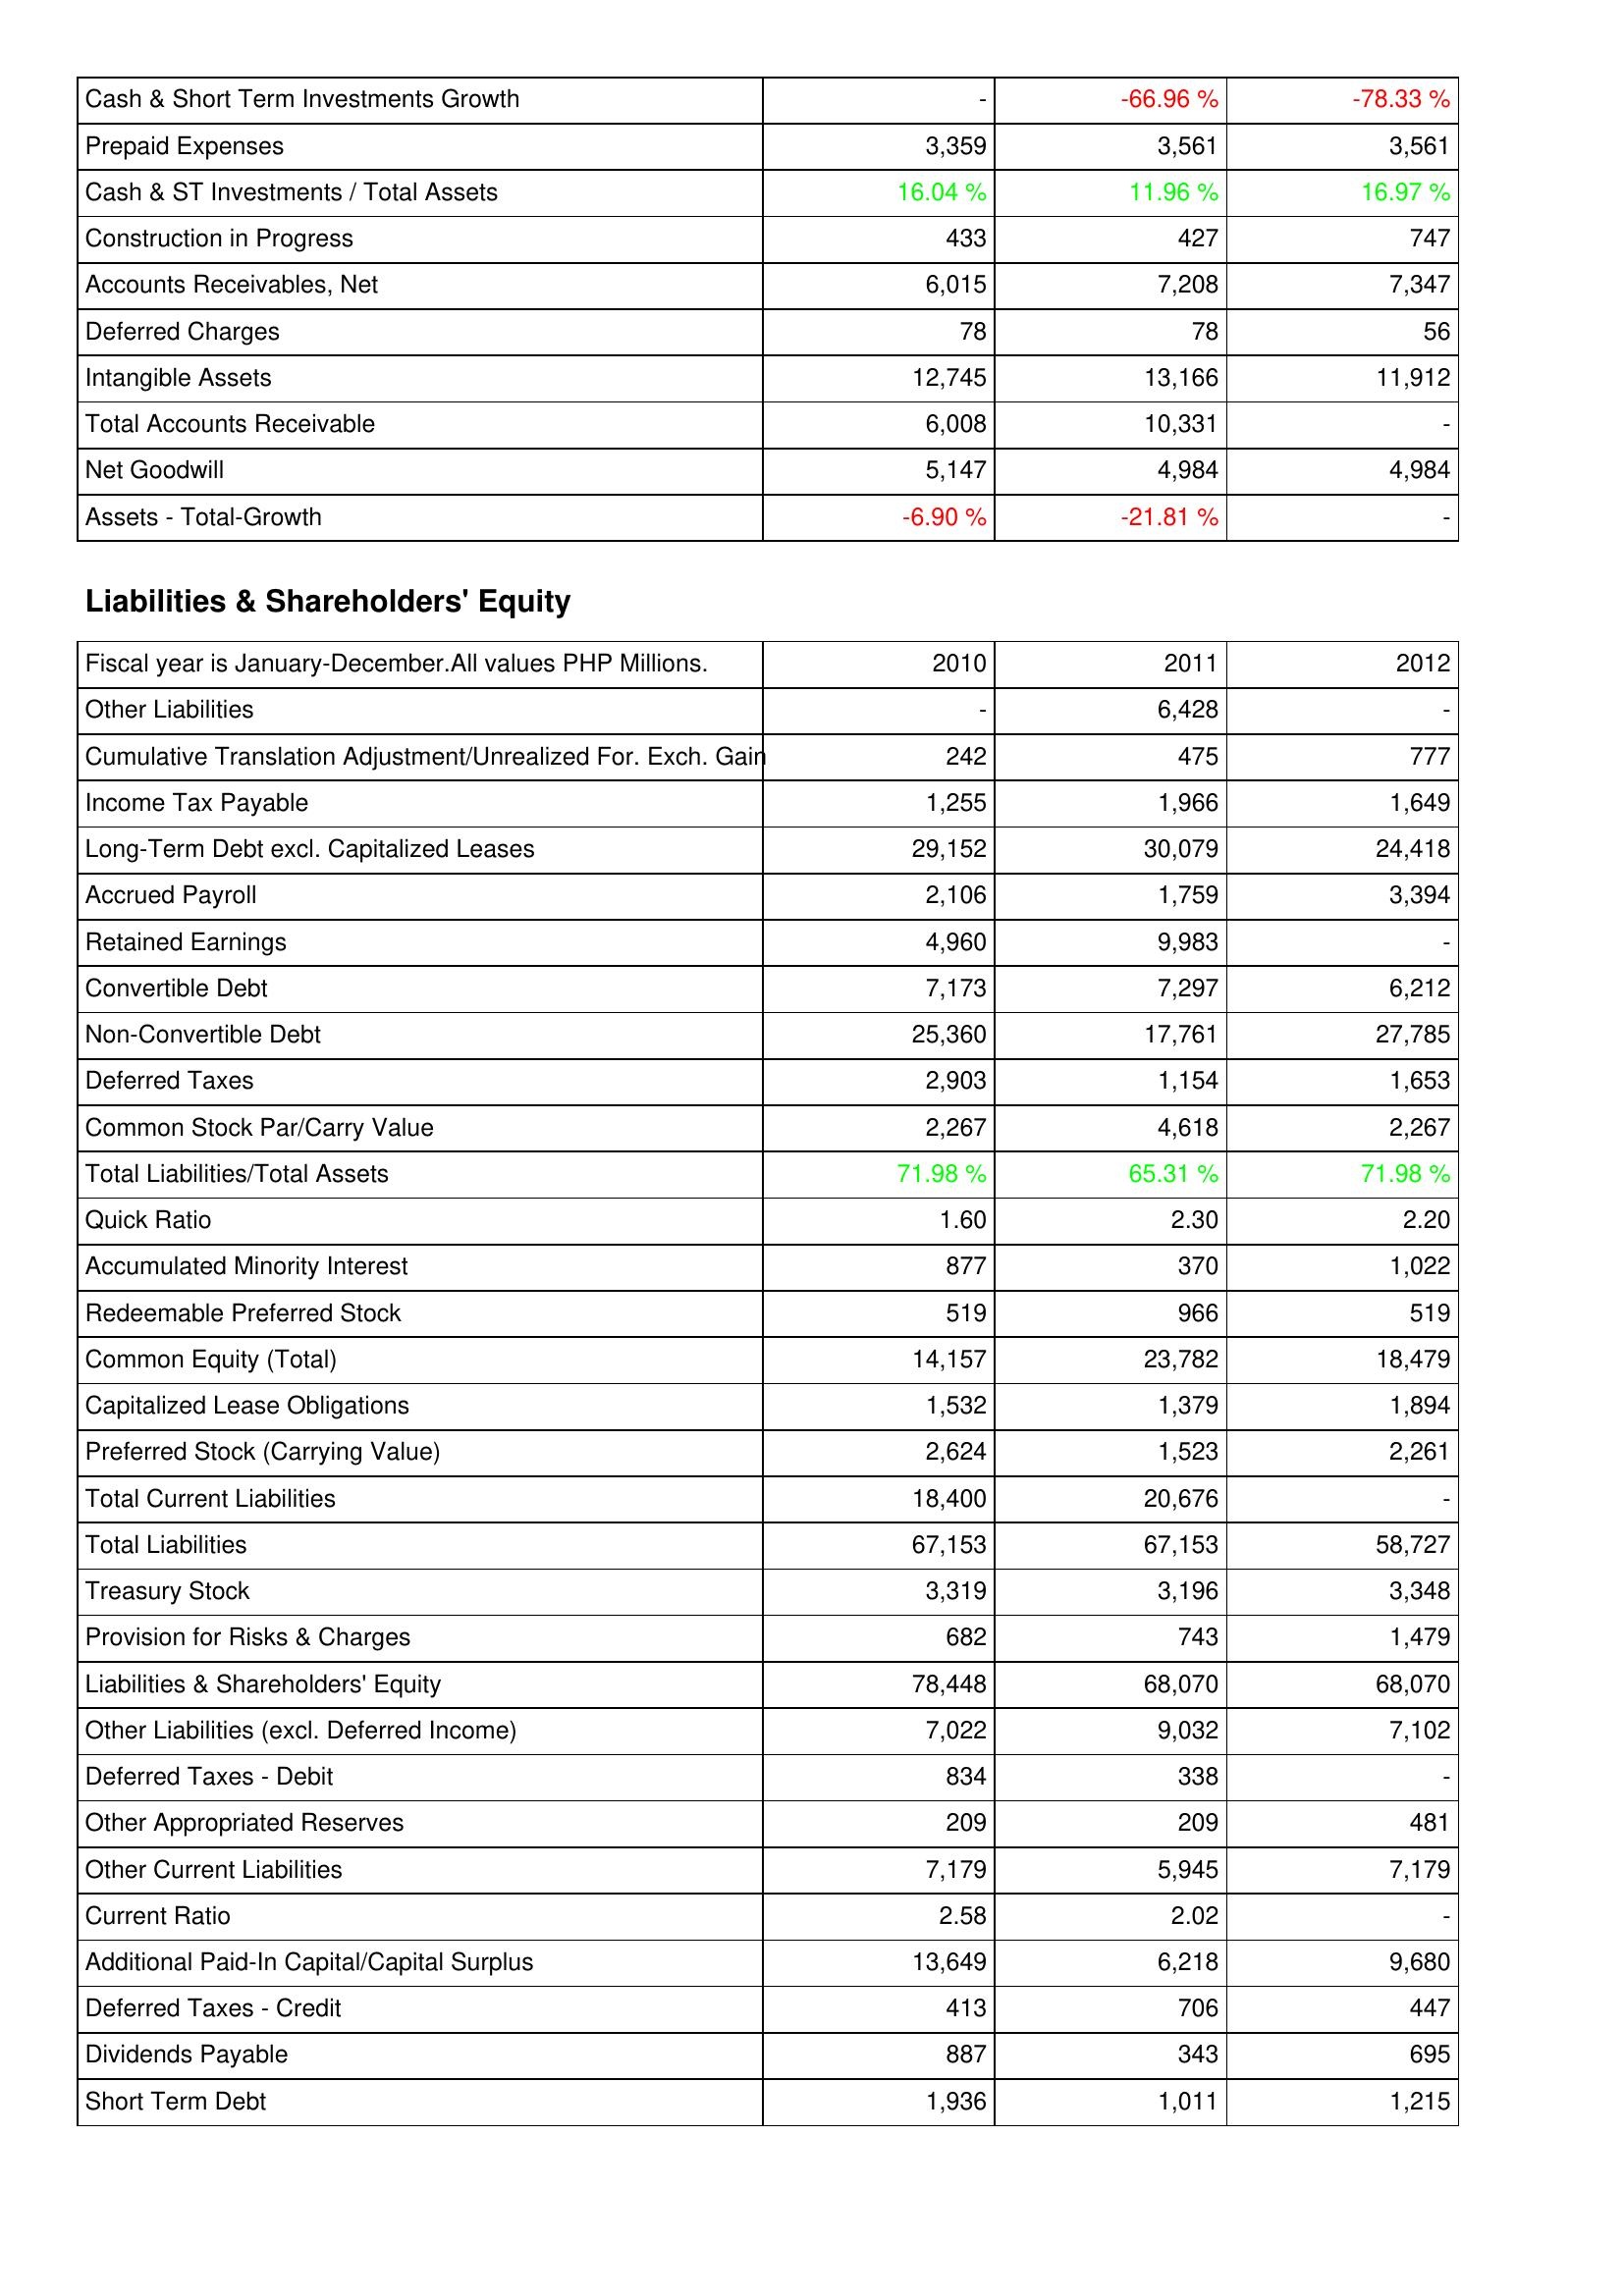
2010: Assets: Cash & Short Term Investments Growth: -
Prepaid Expenses: 3,359
Cash & ST Investments / Total Assets: 16.04 %
Construction in Progress: 433
Accounts Receivables, Net: 6,015
Deferred Charges: 78
Intangible Assets: 12,745
Total Accounts Receivable: 6,008
Net Goodwill: 5,147
Assets - Total-Growth: -6.90 %
Liabilities & Shareholders' Equity: Other Liabilities: -
Cumulative Translation Adjustment/Unrealized For. Exch. Gain: 242
Income Tax Payable: 1,255
Long-Term Debt excl. Capitalized Leases: 29,152
Accrued Payroll: 2,106
Retained Earnings: 4,960
Convertible Debt: 7,173
Non-Convertible Debt: 25,360
Deferred Taxes: 2,903
Common Stock Par/Carry Value: 2,267
Total Liabilities/Total Assets: 71.98 %
Quick Ratio: 1.60
Accumulated Minority Interest: 877
Redeemable Preferred Stock: 519
Common Equity (Total): 14,157
Capitalized Lease Obligations: 1,532
Preferred Stock (Carrying Value): 2,624
Total Current Liabilities: 18,400
Total Liabilities: 67,153
Treasury Stock: 3,319
Provision for Risks & Charges: 682
Liabilities & Shareholders' Equity: 78,448
Other Liabilities (excl. Deferred Income): 7,022
Deferred Taxes - Debit: 834
Other Appropriated Reserves: 209
Other Current Liabilities: 7,179
Current Ratio: 2.58
Additional Paid-In Capital/Capital Surplus: 13,649
Deferred Taxes - Credit: 413
Dividends Payable: 887
Short Term Debt: 1,936
2011: Assets: Cash & Short Term Investments Growth: -66.96 %
Prepaid Expenses: 3,561
Cash & ST Investments / Total Assets: 11.96 %
Construction in Progress: 427
Accounts Receivables, Net: 7,208
Deferred Charges: 78
Intangible Assets: 13,166
Total Accounts Receivable: 10,331
Net Goodwill: 4,984
Assets - Total-Growth: -21.81 %
Liabilities & Shareholders' Equity: Other Liabilities: 6,428
Cumulative Translation Adjustment/Unrealized For. Exch. Gain: 475
Income Tax Payable: 1,966
Long-Term Debt excl. Capitalized Leases: 30,079
Accrued Payroll: 1,759
Retained Earnings: 9,983
Convertible Debt: 7,297
Non-Convertible Debt: 17,761
Deferred Taxes: 1,154
Common Stock Par/Carry Value: 4,618
Total Liabilities/Total Assets: 65.31 %
Quick Ratio: 2.30
Accumulated Minority Interest: 370
Redeemable Preferred Stock: 966
Common Equity (Total): 23,782
Capitalized Lease Obligations: 1,379
Preferred Stock (Carrying Value): 1,523
Total Current Liabilities: 20,676
Total Liabilities: 67,153
Treasury Stock: 3,196
Provision for Risks & Charges: 743
Liabilities & Shareholders' Equity: 68,070
Other Liabilities (excl. Deferred Income): 9,032
Deferred Taxes - Debit: 338
Other Appropriated Reserves: 209
Other Current Liabilities: 5,945
Current Ratio: 2.02
Additional Paid-In Capital/Capital Surplus: 6,218
Deferred Taxes - Credit: 706
Dividends Payable: 343
Short Term Debt: 1,011
2012: Assets: Cash & Short Term Investments Growth: -78.33 %
Prepaid Expenses: 3,561
Cash & ST Investments / Total Assets: 16.97 %
Construction in Progress: 747
Accounts Receivables, Net: 7,347
Deferred Charges: 56
Intangible Assets: 11,912
Total Accounts Receivable: -
Net Goodwill: 4,984
Assets - Total-Growth: -
Liabilities & Shareholders' Equity: Other Liabilities: -
Cumulative Translation Adjustment/Unrealized For. Exch. Gain: 777
Income Tax Payable: 1,649
Long-Term Debt excl. Capitalized Leases: 24,418
Accrued Payroll: 3,394
Retained Earnings: -
Convertible Debt: 6,212
Non-Convertible Debt: 27,785
Deferred Taxes: 1,653
Common Stock Par/Carry Value: 2,267
Total Liabilities/Total Assets: 71.98 %
Quick Ratio: 2.20
Accumulated Minority Interest: 1,022
Redeemable Preferred Stock: 519
Common Equity (Total): 18,479
Capitalized Lease Obligations: 1,894
Preferred Stock (Carrying Value): 2,261
Total Current Liabilities: -
Total Liabilities: 58,727
Treasury Stock: 3,348
Provision for Risks & Charges: 1,479
Liabilities & Shareholders' Equity: 68,070
Other Liabilities (excl. Deferred Income): 7,102
Deferred Taxes - Debit: -
Other Appropriated Reserves: 481
Other Current Liabilities: 7,179
Current Ratio: -
Additional Paid-In Capital/Capital Surplus: 9,680
Deferred Taxes - Credit: 447
Dividends Payable: 695
Short Term Debt: 1,215